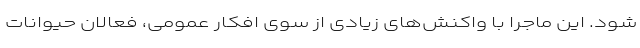
شود. این ماجرا با واکنش‌های زیادی از سوی افکار عمومی، فعالان حیوانات